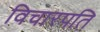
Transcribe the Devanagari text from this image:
विचारपति